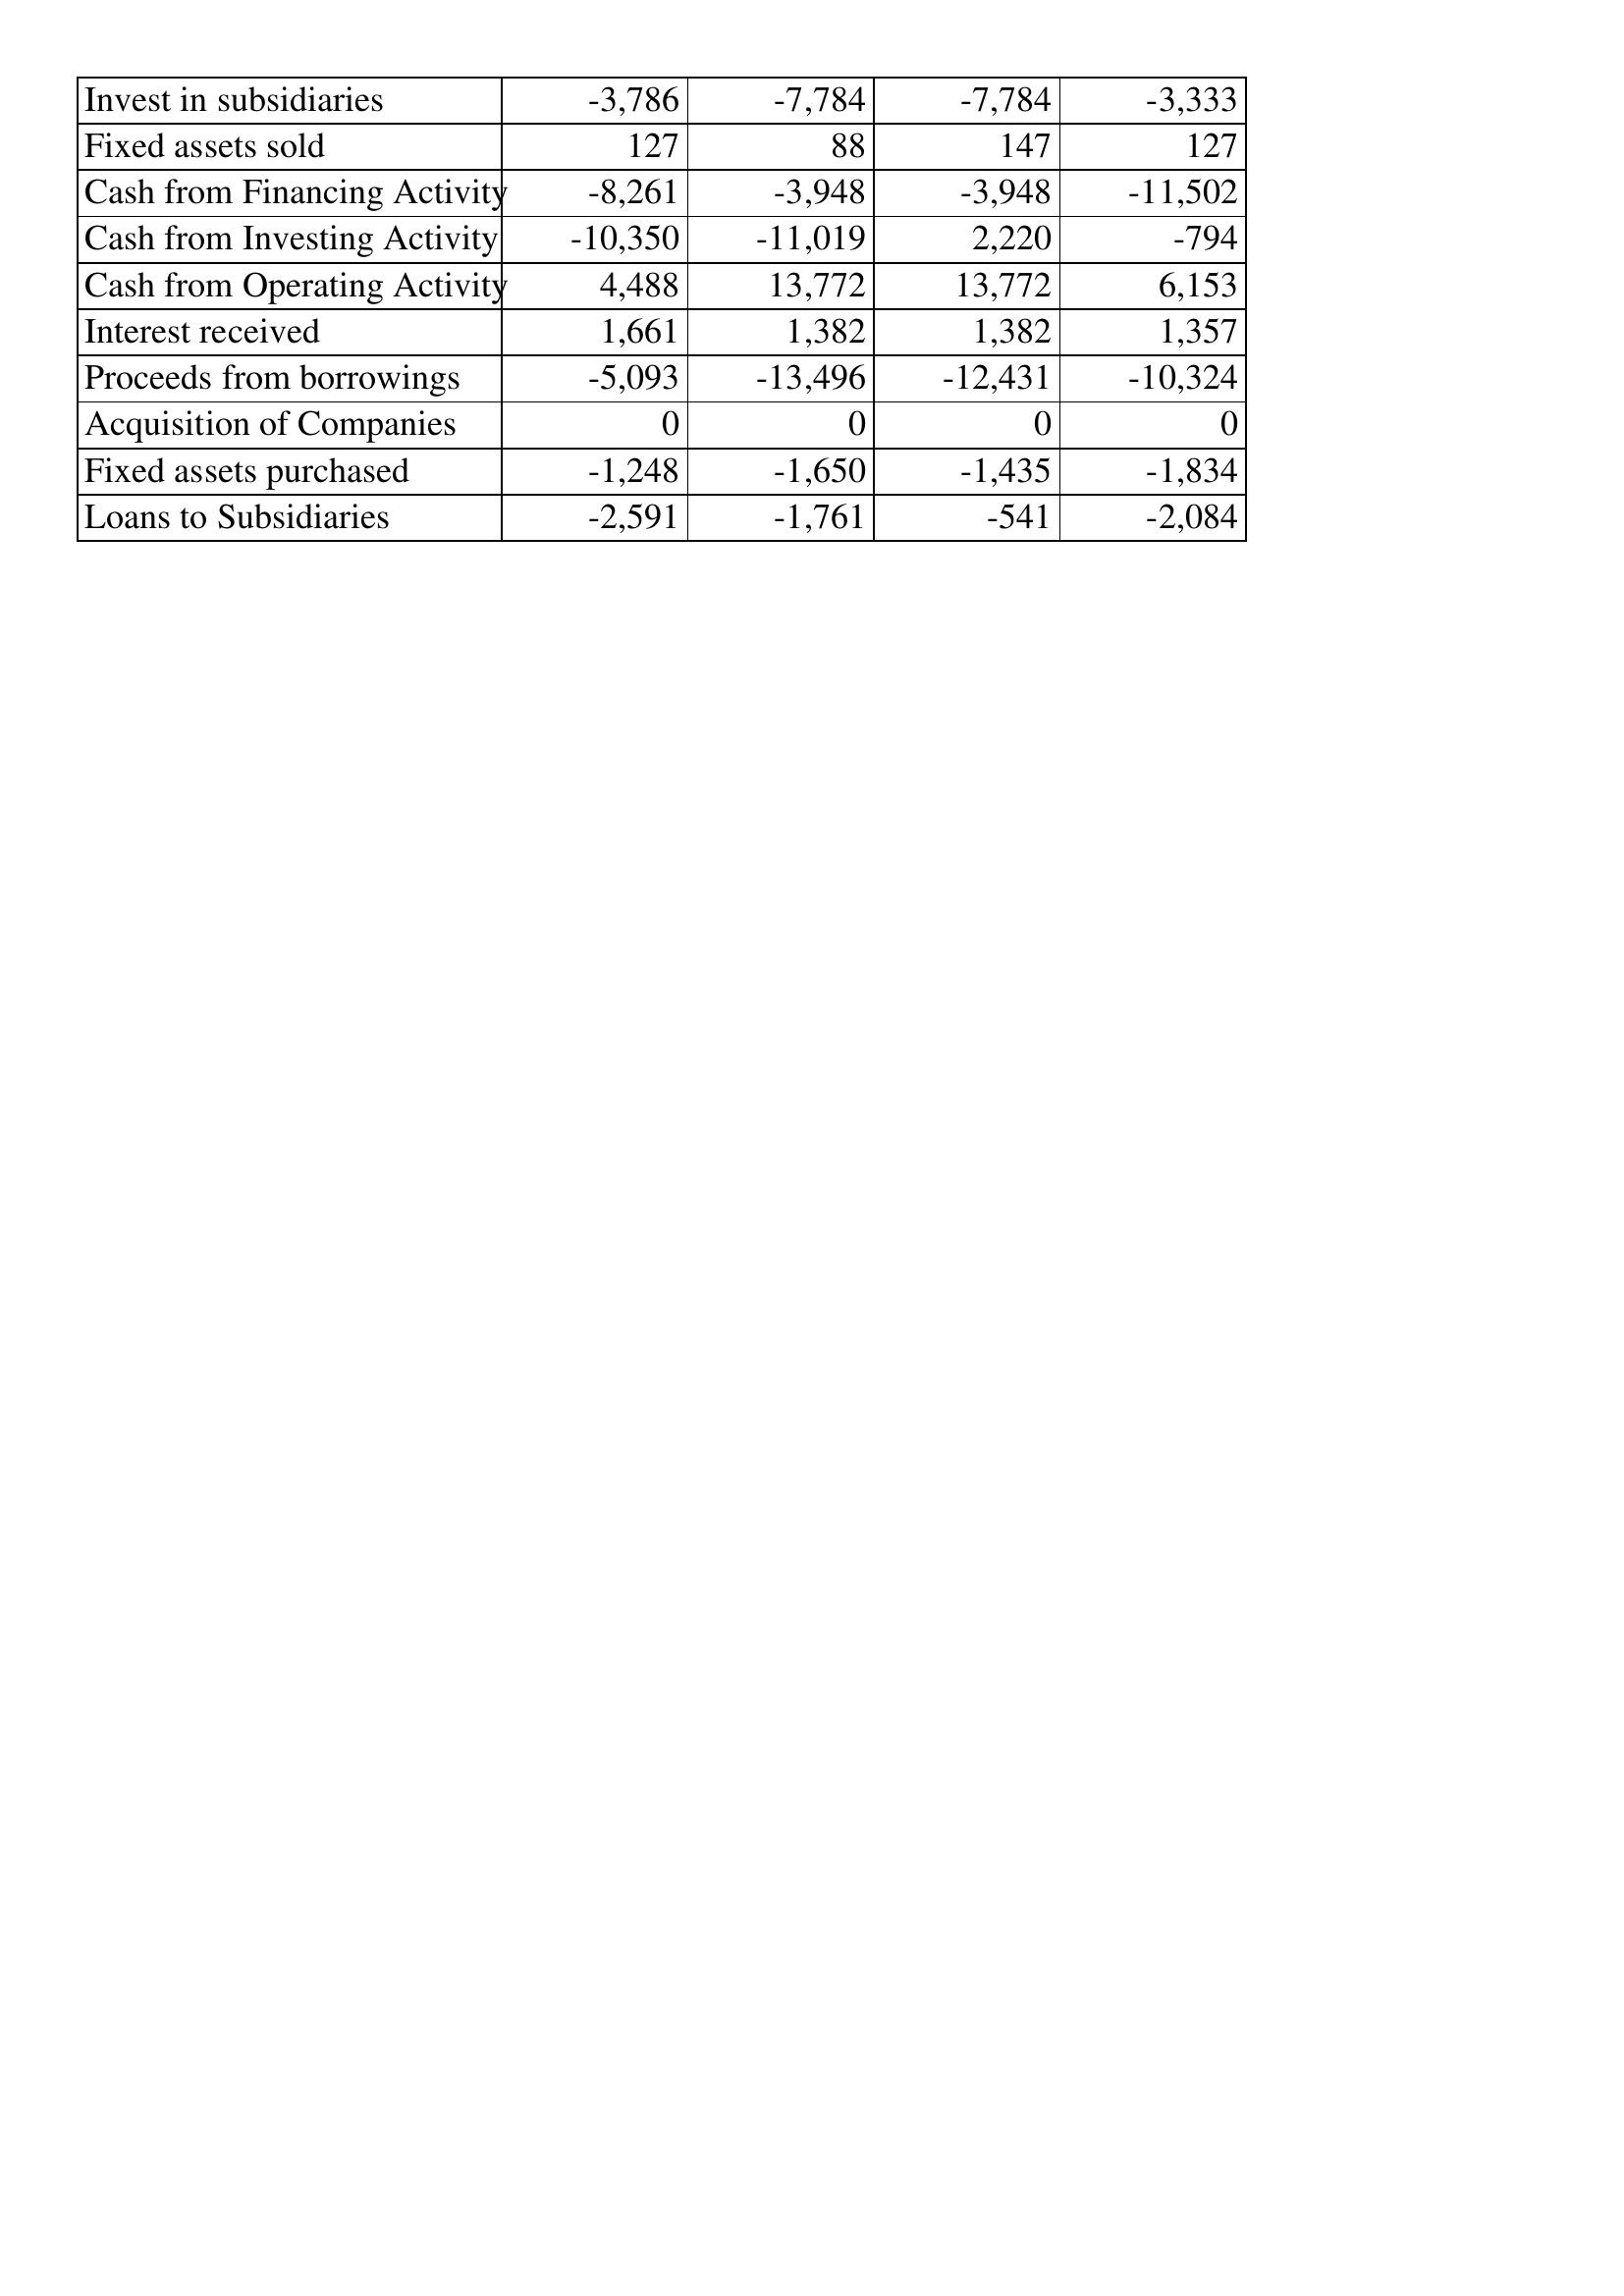
Apr-97: Cash Flows: Invest in subsidiaries: -3,786
Fixed assets sold: 127
Cash from Financing Activity: -8,261
Cash from Investing Activity: -10,350
Cash from Operating Activity: 4,488
Interest received: 1,661
Proceeds from borrowings: -5,093
Acquisition of Companies: 0
Fixed assets purchased: -1,248
Loans to Subsidiaries: -2,591
Apr-96: Cash Flows: Invest in subsidiaries: -7,784
Fixed assets sold: 88
Cash from Financing Activity: -3,948
Cash from Investing Activity: -11,019
Cash from Operating Activity: 13,772
Interest received: 1,382
Proceeds from borrowings: -13,496
Acquisition of Companies: 0
Fixed assets purchased: -1,650
Loans to Subsidiaries: -1,761
Apr-95: Cash Flows: Invest in subsidiaries: -7,784
Fixed assets sold: 147
Cash from Financing Activity: -3,948
Cash from Investing Activity: 2,220
Cash from Operating Activity: 13,772
Interest received: 1,382
Proceeds from borrowings: -12,431
Acquisition of Companies: 0
Fixed assets purchased: -1,435
Loans to Subsidiaries: -541
Apr-94: Cash Flows: Invest in subsidiaries: -3,333
Fixed assets sold: 127
Cash from Financing Activity: -11,502
Cash from Investing Activity: -794
Cash from Operating Activity: 6,153
Interest received: 1,357
Proceeds from borrowings: -10,324
Acquisition of Companies: 0
Fixed assets purchased: -1,834
Loans to Subsidiaries: -2,084